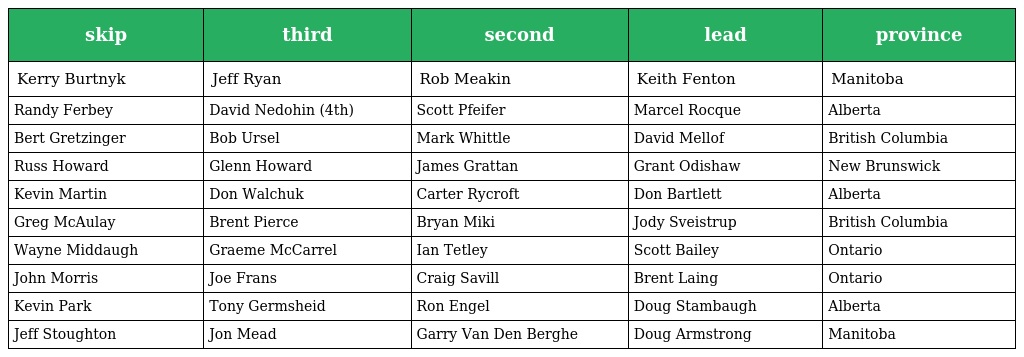
| skip | third | second | lead | province |
 | --- | --- | --- | --- | --- |
 | Kerry Burtnyk | Jeff Ryan | Rob Meakin | Keith Fenton | Manitoba |
 | Randy Ferbey | David Nedohin (4th) | Scott Pfeifer | Marcel Rocque | Alberta |
 | Bert Gretzinger | Bob Ursel | Mark Whittle | David Mellof | British Columbia |
 | Russ Howard | Glenn Howard | James Grattan | Grant Odishaw | New Brunswick |
 | Kevin Martin | Don Walchuk | Carter Rycroft | Don Bartlett | Alberta |
 | Greg McAulay | Brent Pierce | Bryan Miki | Jody Sveistrup | British Columbia |
 | Wayne Middaugh | Graeme McCarrel | Ian Tetley | Scott Bailey | Ontario |
 | John Morris | Joe Frans | Craig Savill | Brent Laing | Ontario |
 | Kevin Park | Tony Germsheid | Ron Engel | Doug Stambaugh | Alberta |
 | Jeff Stoughton | Jon Mead | Garry Van Den Berghe | Doug Armstrong | Manitoba |